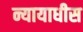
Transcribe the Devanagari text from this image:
न्यायाधीस